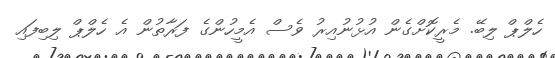
ހެލްޕް ލިބޭ. މެރީކޮށްގެން އުޅުނުއިރު ވެސް އެމީހުންގެ ފަރާތުން އެ ހެލްޕް ލިބިފައި